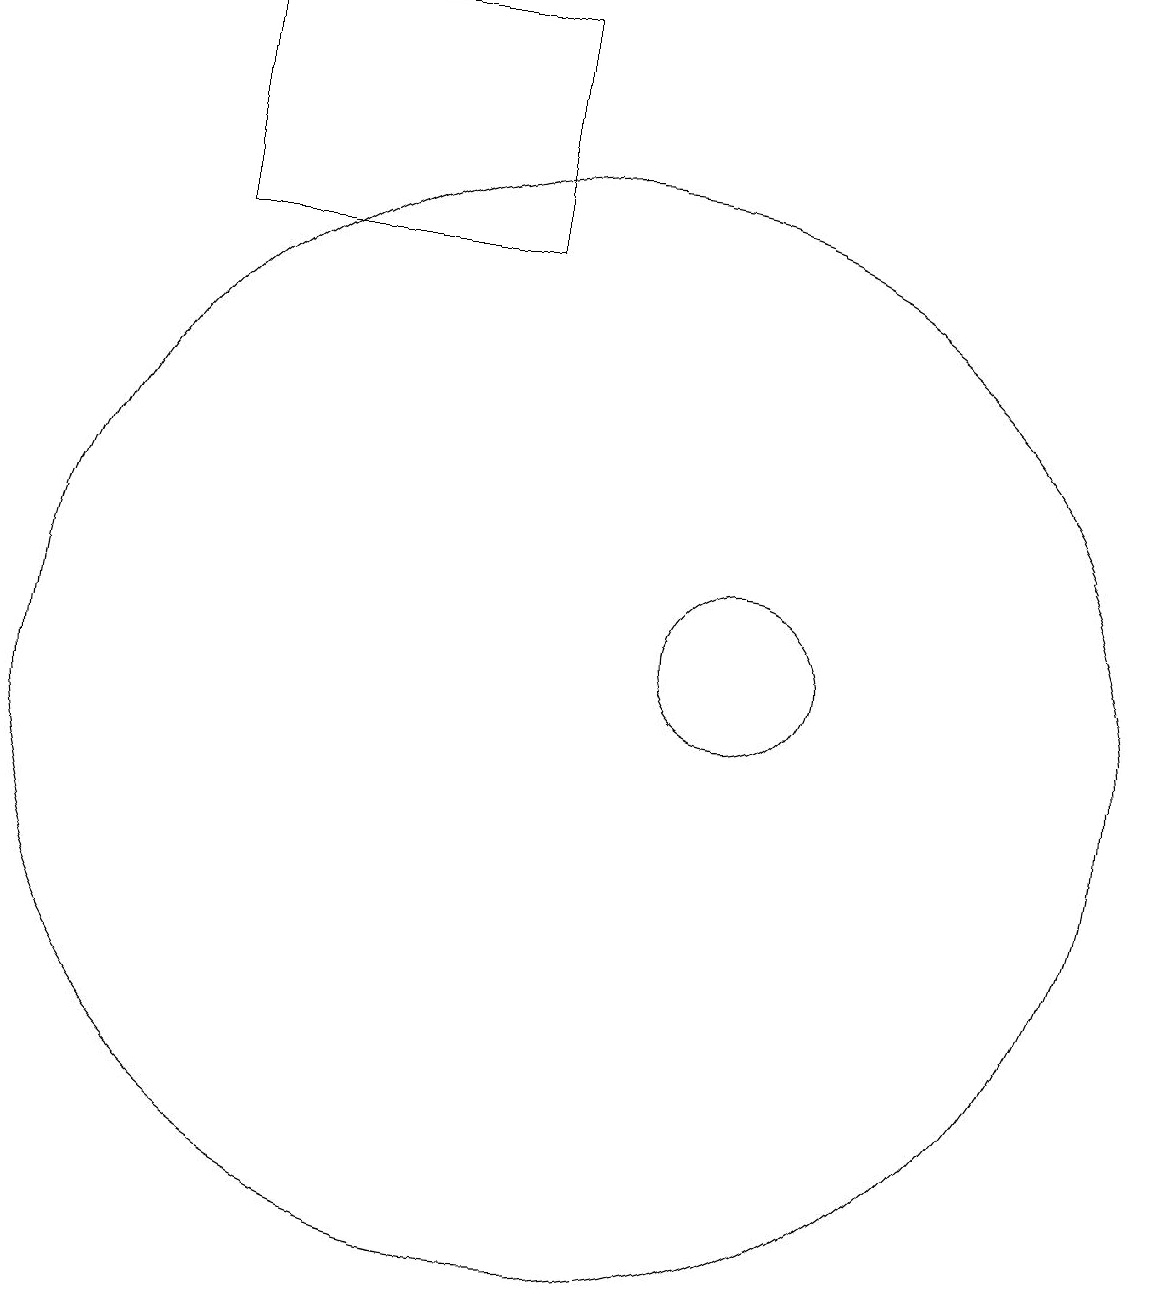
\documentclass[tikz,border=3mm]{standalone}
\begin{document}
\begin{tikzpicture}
\draw (5,16) rectangle (9,19);
\draw (11,11) circle (0);
\draw (12,11) circle (1);
\draw (10,10) circle (7);
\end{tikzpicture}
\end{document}